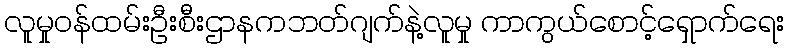
လူမှုဝန်ထမ်းဦးစီးဌာနကဘတ်ဂျက်နဲ့လူမှု ကာကွယ်စောင့်ရှောက်ရေး